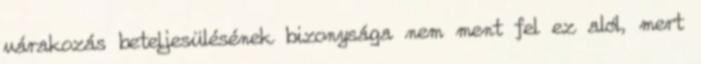
várakozás beteljesülésének bizonysága nem ment fel ez alól, mert